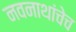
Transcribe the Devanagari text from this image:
नवनाथांचेच